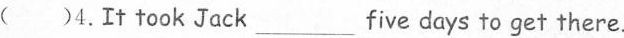
( )4.It took Jack______ five days to get there.